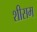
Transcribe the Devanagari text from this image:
शीसम